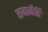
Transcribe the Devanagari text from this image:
समानैर्हि